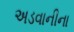
અડવાનીના